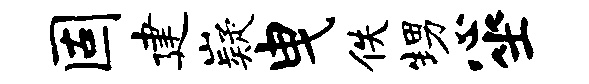
固建嶷曳佚甥心坐